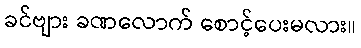
ခင်ဗျား ခဏလောက် စောင့်ပေးမလား။